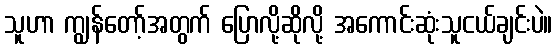
သူဟာ ကျွန်တော့်အတွက် ပြောလို့ဆိုလို့ အကောင်းဆုံးသူငယ်ချင်းပဲ။